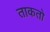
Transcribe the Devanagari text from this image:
ताकतो